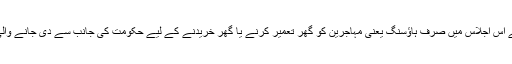
میڈیارپورٹس کے مطابق برلن میں ہونے والے اس اجلاس میں صرف ہاؤسنگ یعنی مہاجرین کو گھر تعمیر کرنے یا گھر خریدنے کے لیے حکومت کی جانب سے دی جانے والی رقوم کے معاملے پر اتفاق رائے ہو گیا ہے۔